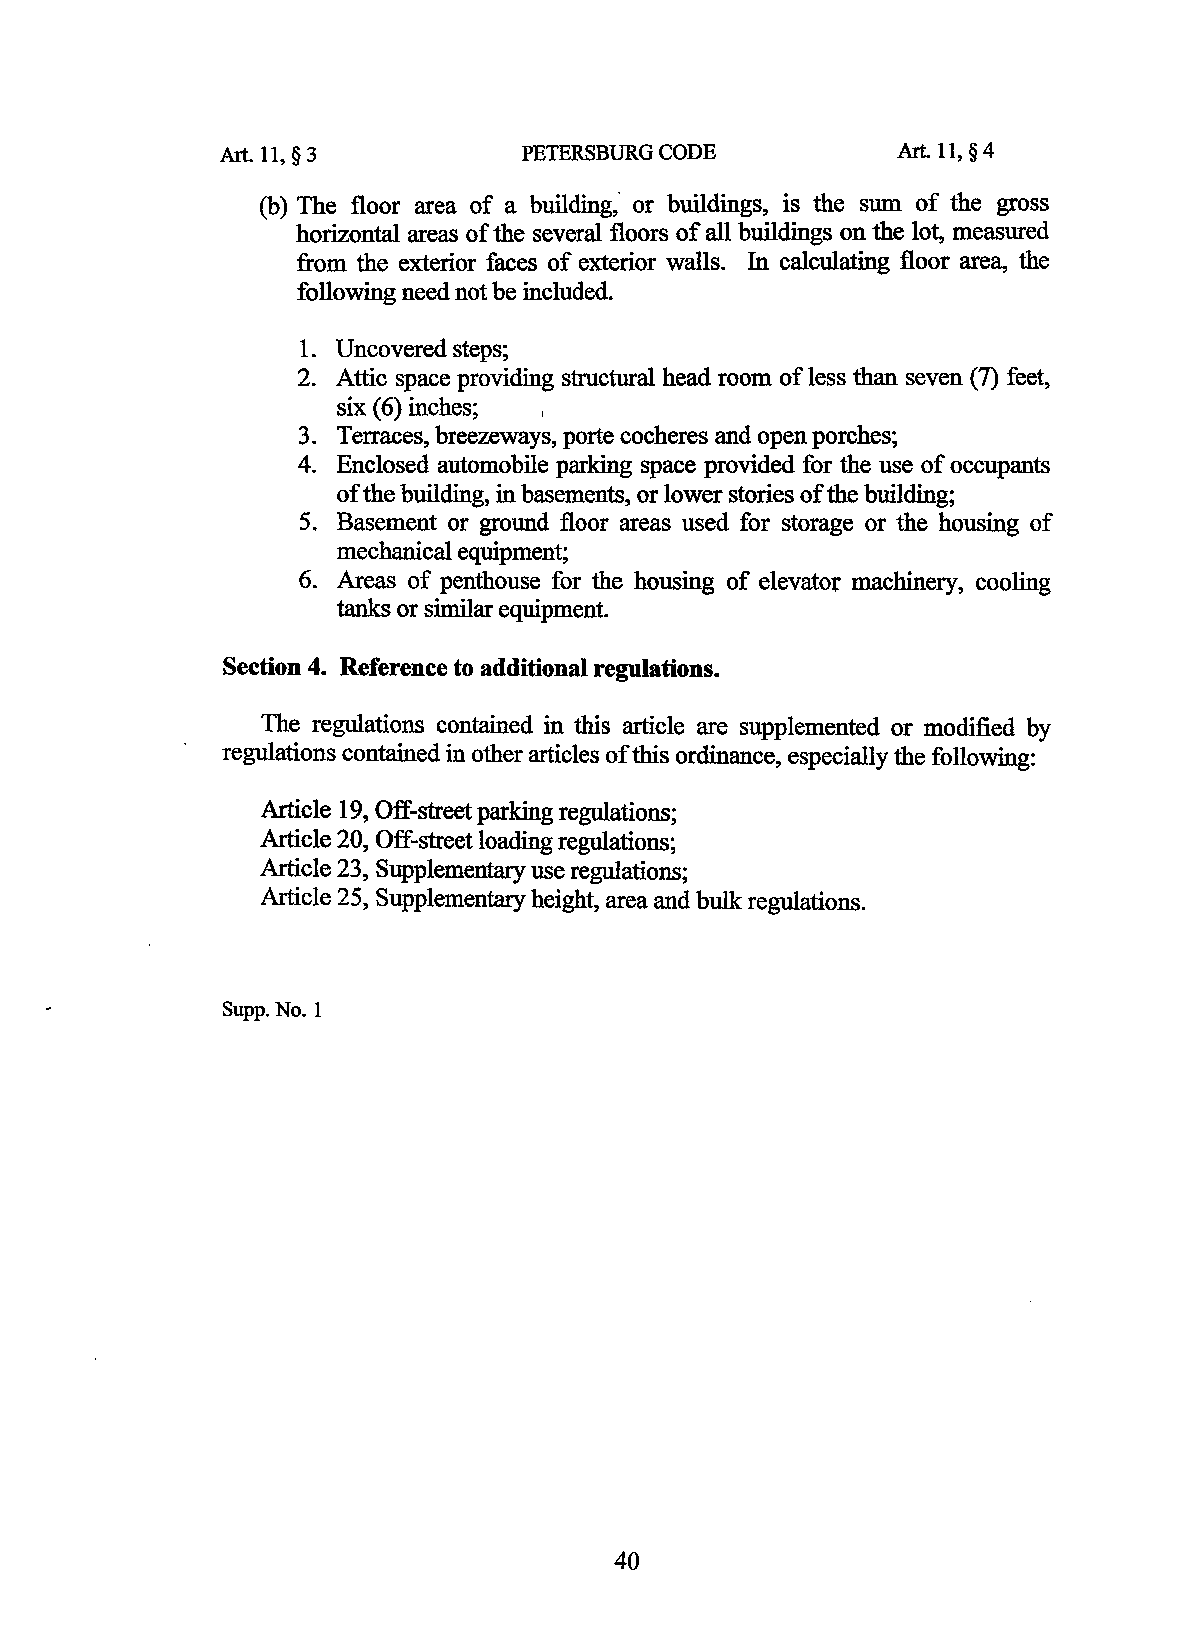
Art. 11, § 3        PETERSBURG CODE          Art. 11, § 4
 (b) The floor area of a building," or buildings, is the sum of the gross
 horizontal areas of the several floors of all buildings on the lot, measured
 from the exterior faces of exterior walls. In calculating floor area, the
 following need not be included.
 1. Uncovered steps;
 2. Attic space providing structural head room of less than seven (7) feet,
 six (6) inches; ,
 3. Terraces, breezeways, porte cocheres and open porches;
 4. Enclosed automobile parking space provided for the use of occupants
 of the building, in basements, or lower stories of the building;
 5. Basement or ground floor areas used for storage or the housing of
 mechanical equipment;
 6. Areas of penthouse for the housing of elevator machinery, cooling
 tanks or similar equipment.
 Section 4. Reference to additional regulations.
 The regulations contained in this article are supplemented or modified by
 regulations contained in other articles of this ordinance, especially the following:
 Article 19, Off-street parking regulations;
 Article 20, Off-street loading regulations;
 Article 23, Supplementary use regulations;
 Article 25, Supplementary height, area and bulk regulations.
 Supp.No. I
 40